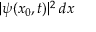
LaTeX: | \psi ( x _ { 0 } , t ) | ^ { 2 } \, d x